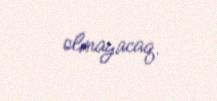
olmayacaq.